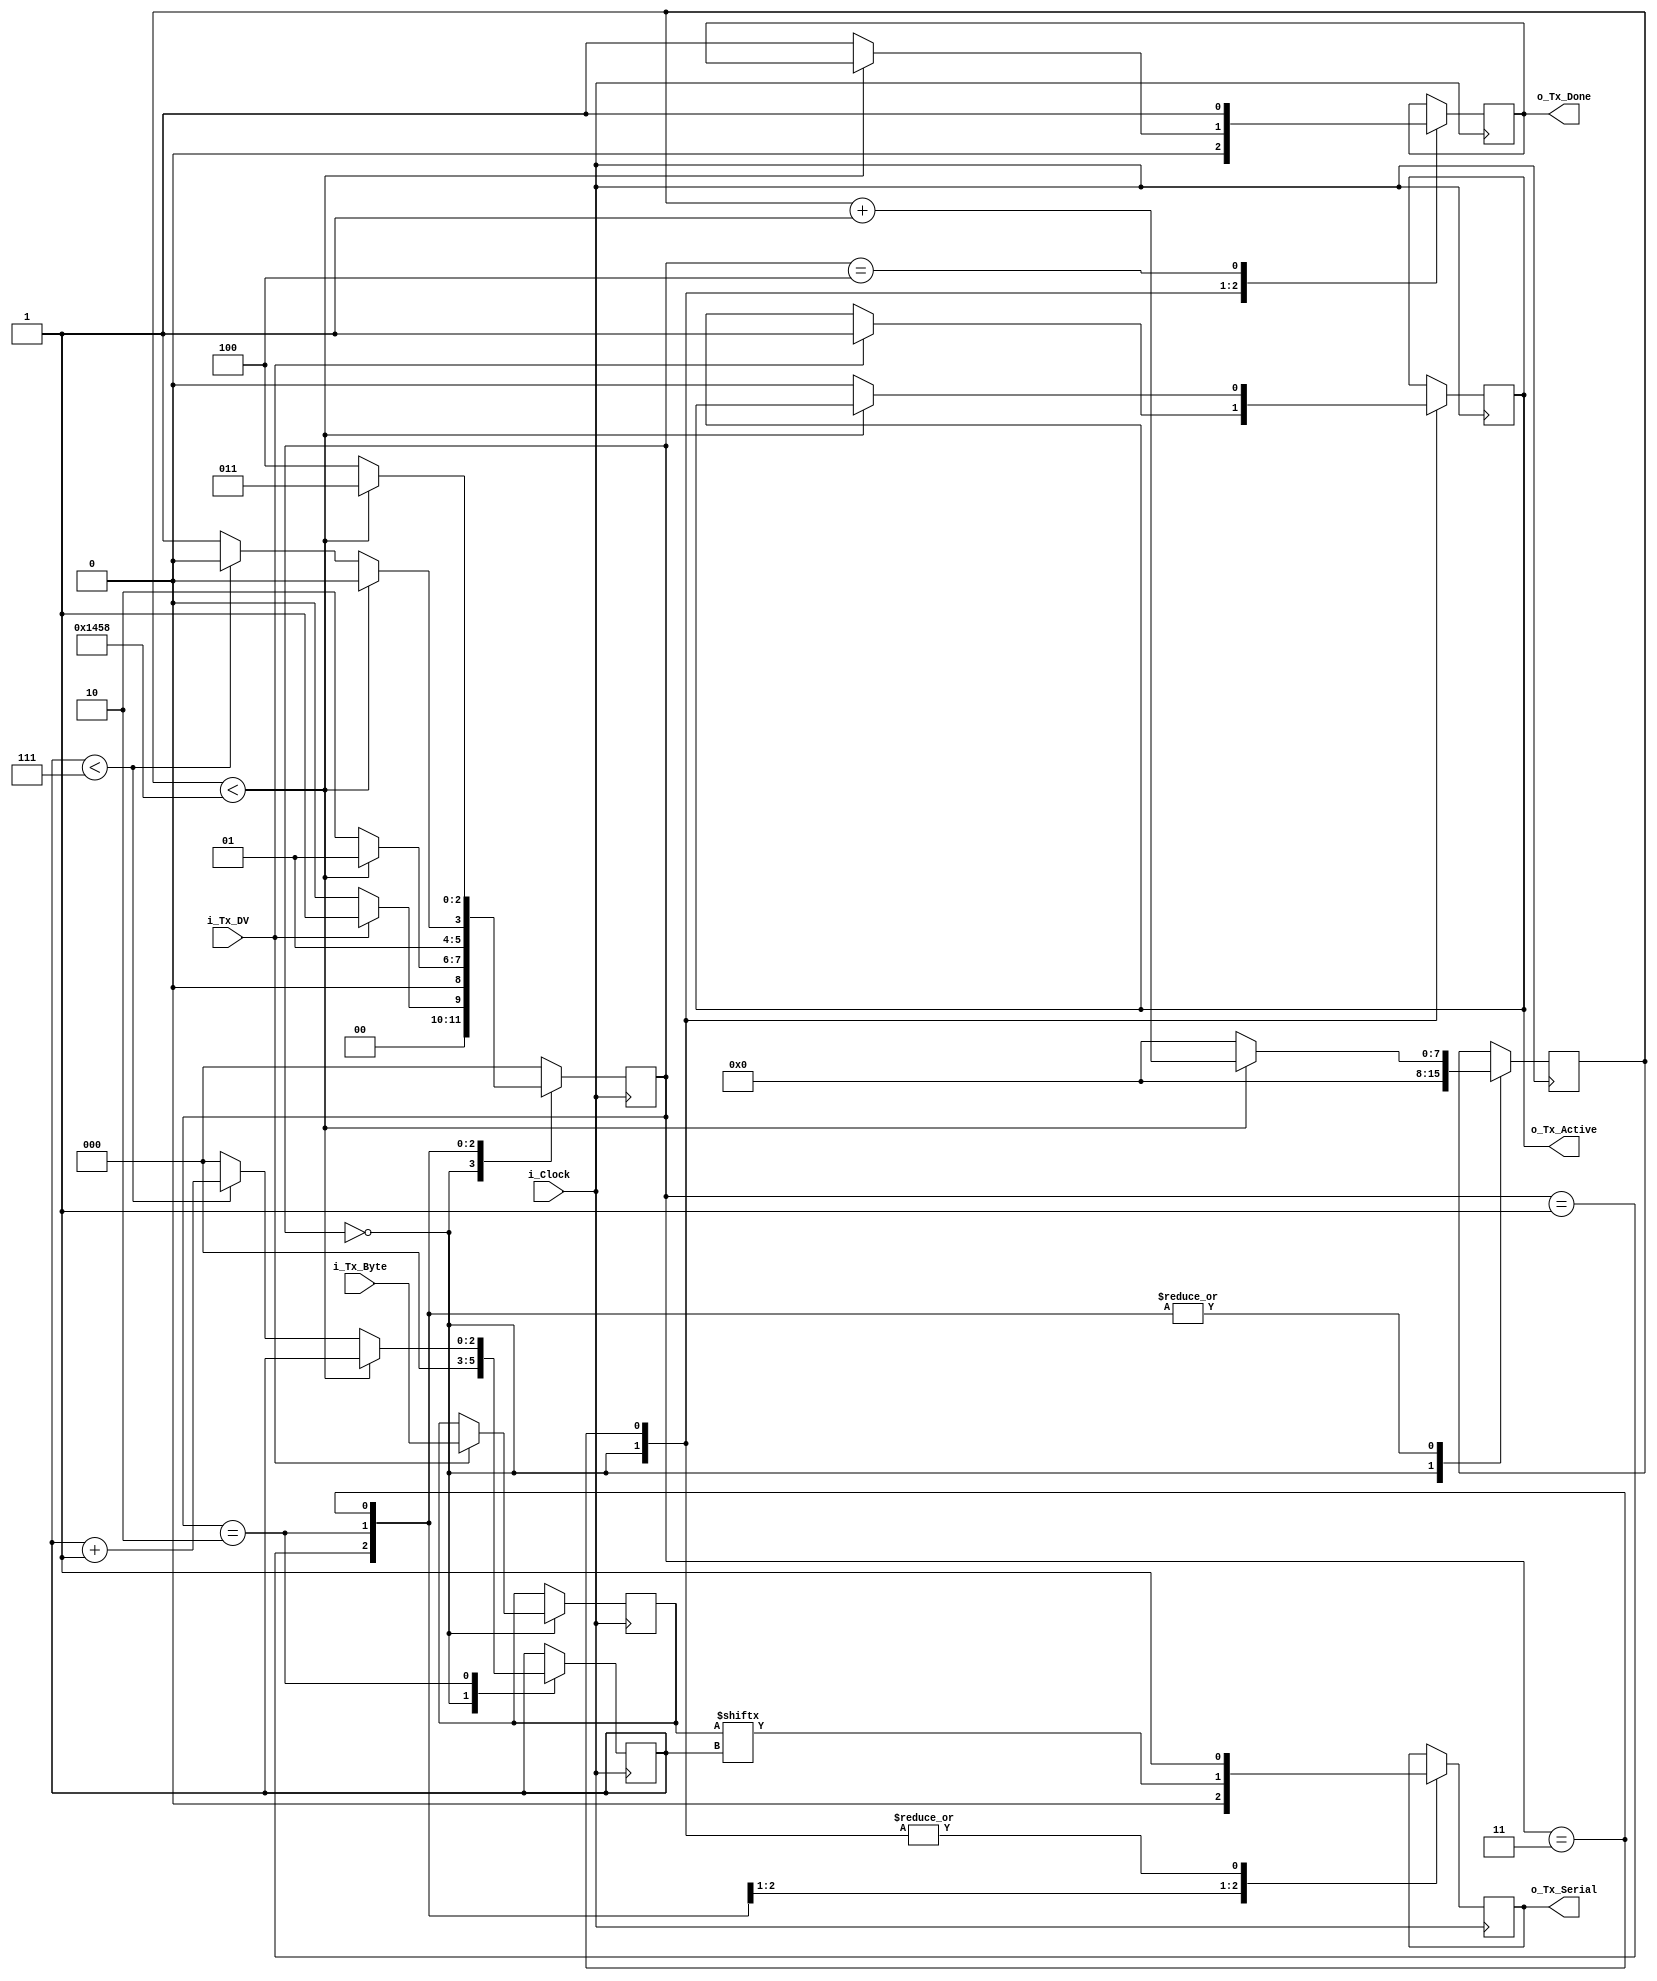
//////////////////////////////////////////////////////////////////////
// This file contains the UART Transmitter.  This transmitter is able
// to transmit 8 bits of serial data, one start bit, one stop bit,
// and no parity bit.  When transmit is complete o_Tx_done will be
// driven high for one clock cycle.
//
// Set Parameter CLKS_PER_BIT as follows:
// CLKS_PER_BIT = (Frequency of i_Clock)/(Frequency of UART)
// Example: 10 MHz Clock, 115200 baud UART
// (10000000)/(115200) = 87
// (50000000)/(9600) = 5209
  
module uart_tx 
  #(parameter CLKS_PER_BIT = 14'd5209)
  (
   input       i_Clock,
   input       i_Tx_DV,
   input [7:0] i_Tx_Byte, 
   output      o_Tx_Active,
   output reg  o_Tx_Serial,
   output      o_Tx_Done
   );
  
  parameter s_IDLE         = 3'b000;
  parameter s_TX_START_BIT = 3'b001;
  parameter s_TX_DATA_BITS = 3'b010;
  parameter s_TX_STOP_BIT  = 3'b011;
  parameter s_CLEANUP      = 3'b100;
  //assign CLKS_PER_BIT   = 14'd5209; 
	
  reg [2:0]    r_SM_Main     = 0;
  reg [7:0]    r_Clock_Count = 0;
  reg [2:0]    r_Bit_Index   = 0;
  reg [7:0]    r_Tx_Data     = 0;
  reg          r_Tx_Done     = 0;
  reg          r_Tx_Active   = 0;
     
  always @(posedge i_Clock)
    begin
       
      case (r_SM_Main)
        s_IDLE :
          begin
            o_Tx_Serial   <= 1'b1;         // Drive Line High for Idle
            r_Tx_Done     <= 1'b0;
            r_Clock_Count <= 0;
            r_Bit_Index   <= 0;
             
            if (i_Tx_DV == 1'b1)
              begin
                r_Tx_Active <= 1'b1;
                r_Tx_Data   <= i_Tx_Byte;
                r_SM_Main   <= s_TX_START_BIT;
              end
            else
              r_SM_Main <= s_IDLE;
          end // case: s_IDLE
         
         
        // Send out Start Bit. Start bit = 0
        s_TX_START_BIT :
          begin
            o_Tx_Serial <= 1'b0;
             
            // Wait CLKS_PER_BIT-1 clock cycles for start bit to finish
            if (r_Clock_Count < CLKS_PER_BIT-1)
              begin
                r_Clock_Count <= r_Clock_Count + 1;
                r_SM_Main     <= s_TX_START_BIT;
              end
            else
              begin
                r_Clock_Count <= 0;
                r_SM_Main     <= s_TX_DATA_BITS;
              end
          end // case: s_TX_START_BIT
         
         
        // Wait CLKS_PER_BIT-1 clock cycles for data bits to finish         
        s_TX_DATA_BITS :
          begin
            o_Tx_Serial <= r_Tx_Data[r_Bit_Index];
             
            if (r_Clock_Count < CLKS_PER_BIT-1)
              begin
                r_Clock_Count <= r_Clock_Count + 1;
                r_SM_Main     <= s_TX_DATA_BITS;
              end
            else
              begin
                r_Clock_Count <= 0;
                 
                // Check if we have sent out all bits
                if (r_Bit_Index < 7)
                  begin
                    r_Bit_Index <= r_Bit_Index + 1;
                    r_SM_Main   <= s_TX_DATA_BITS;
                  end
                else
                  begin
                    r_Bit_Index <= 0;
                    r_SM_Main   <= s_TX_STOP_BIT;
                  end
              end
          end // case: s_TX_DATA_BITS
         
         
        // Send out Stop bit.  Stop bit = 1
        s_TX_STOP_BIT :
          begin
            o_Tx_Serial <= 1'b1;
             
            // Wait CLKS_PER_BIT-1 clock cycles for Stop bit to finish
            if (r_Clock_Count < CLKS_PER_BIT-1)
              begin
                r_Clock_Count <= r_Clock_Count + 1;
                r_SM_Main     <= s_TX_STOP_BIT;
              end
            else
              begin
                r_Tx_Done     <= 1'b1;
                r_Clock_Count <= 0;
                r_SM_Main     <= s_CLEANUP;
                r_Tx_Active   <= 1'b0;
              end
          end // case: s_Tx_STOP_BIT
         
         
        // Stay here 1 clock
        s_CLEANUP :
          begin
            r_Tx_Done <= 1'b1;
            r_SM_Main <= s_IDLE;
          end
         
         
        default :
          r_SM_Main <= s_IDLE;
         
      endcase
    end
 
  assign o_Tx_Active = r_Tx_Active;
  assign o_Tx_Done   = r_Tx_Done;
   
endmodule